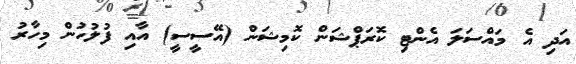
އަދި އެ މައްސަލަ އެންޓި ކޮރަޕްޝަން ކޮމިޝަން (އޭސީސީ) އާއި ފުލުހުން މިހާރު